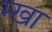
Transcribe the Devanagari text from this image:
म्खा